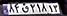
۸۴ق۲۱۸۱۳